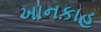
ખાનકાહ